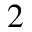
^ 2